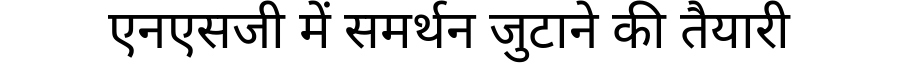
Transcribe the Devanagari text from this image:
एनएसजी में समर्थन जुटाने की तैयारी